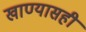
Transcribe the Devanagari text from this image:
खाण्यासही